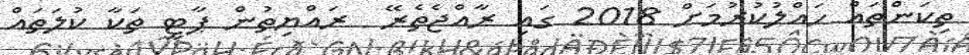
ތިކަންތައް ހައްލުކުރުމަށް 2018 ގައި ރާއްޖެތެރޭ  ރައްޔިތުން ޕާޓީ ތަކާ ކުލަތައް